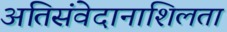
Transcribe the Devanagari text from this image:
अतिसंवेदानाशिलता